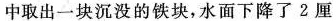
中取出一块沉没的铁块，水面下降了2厘